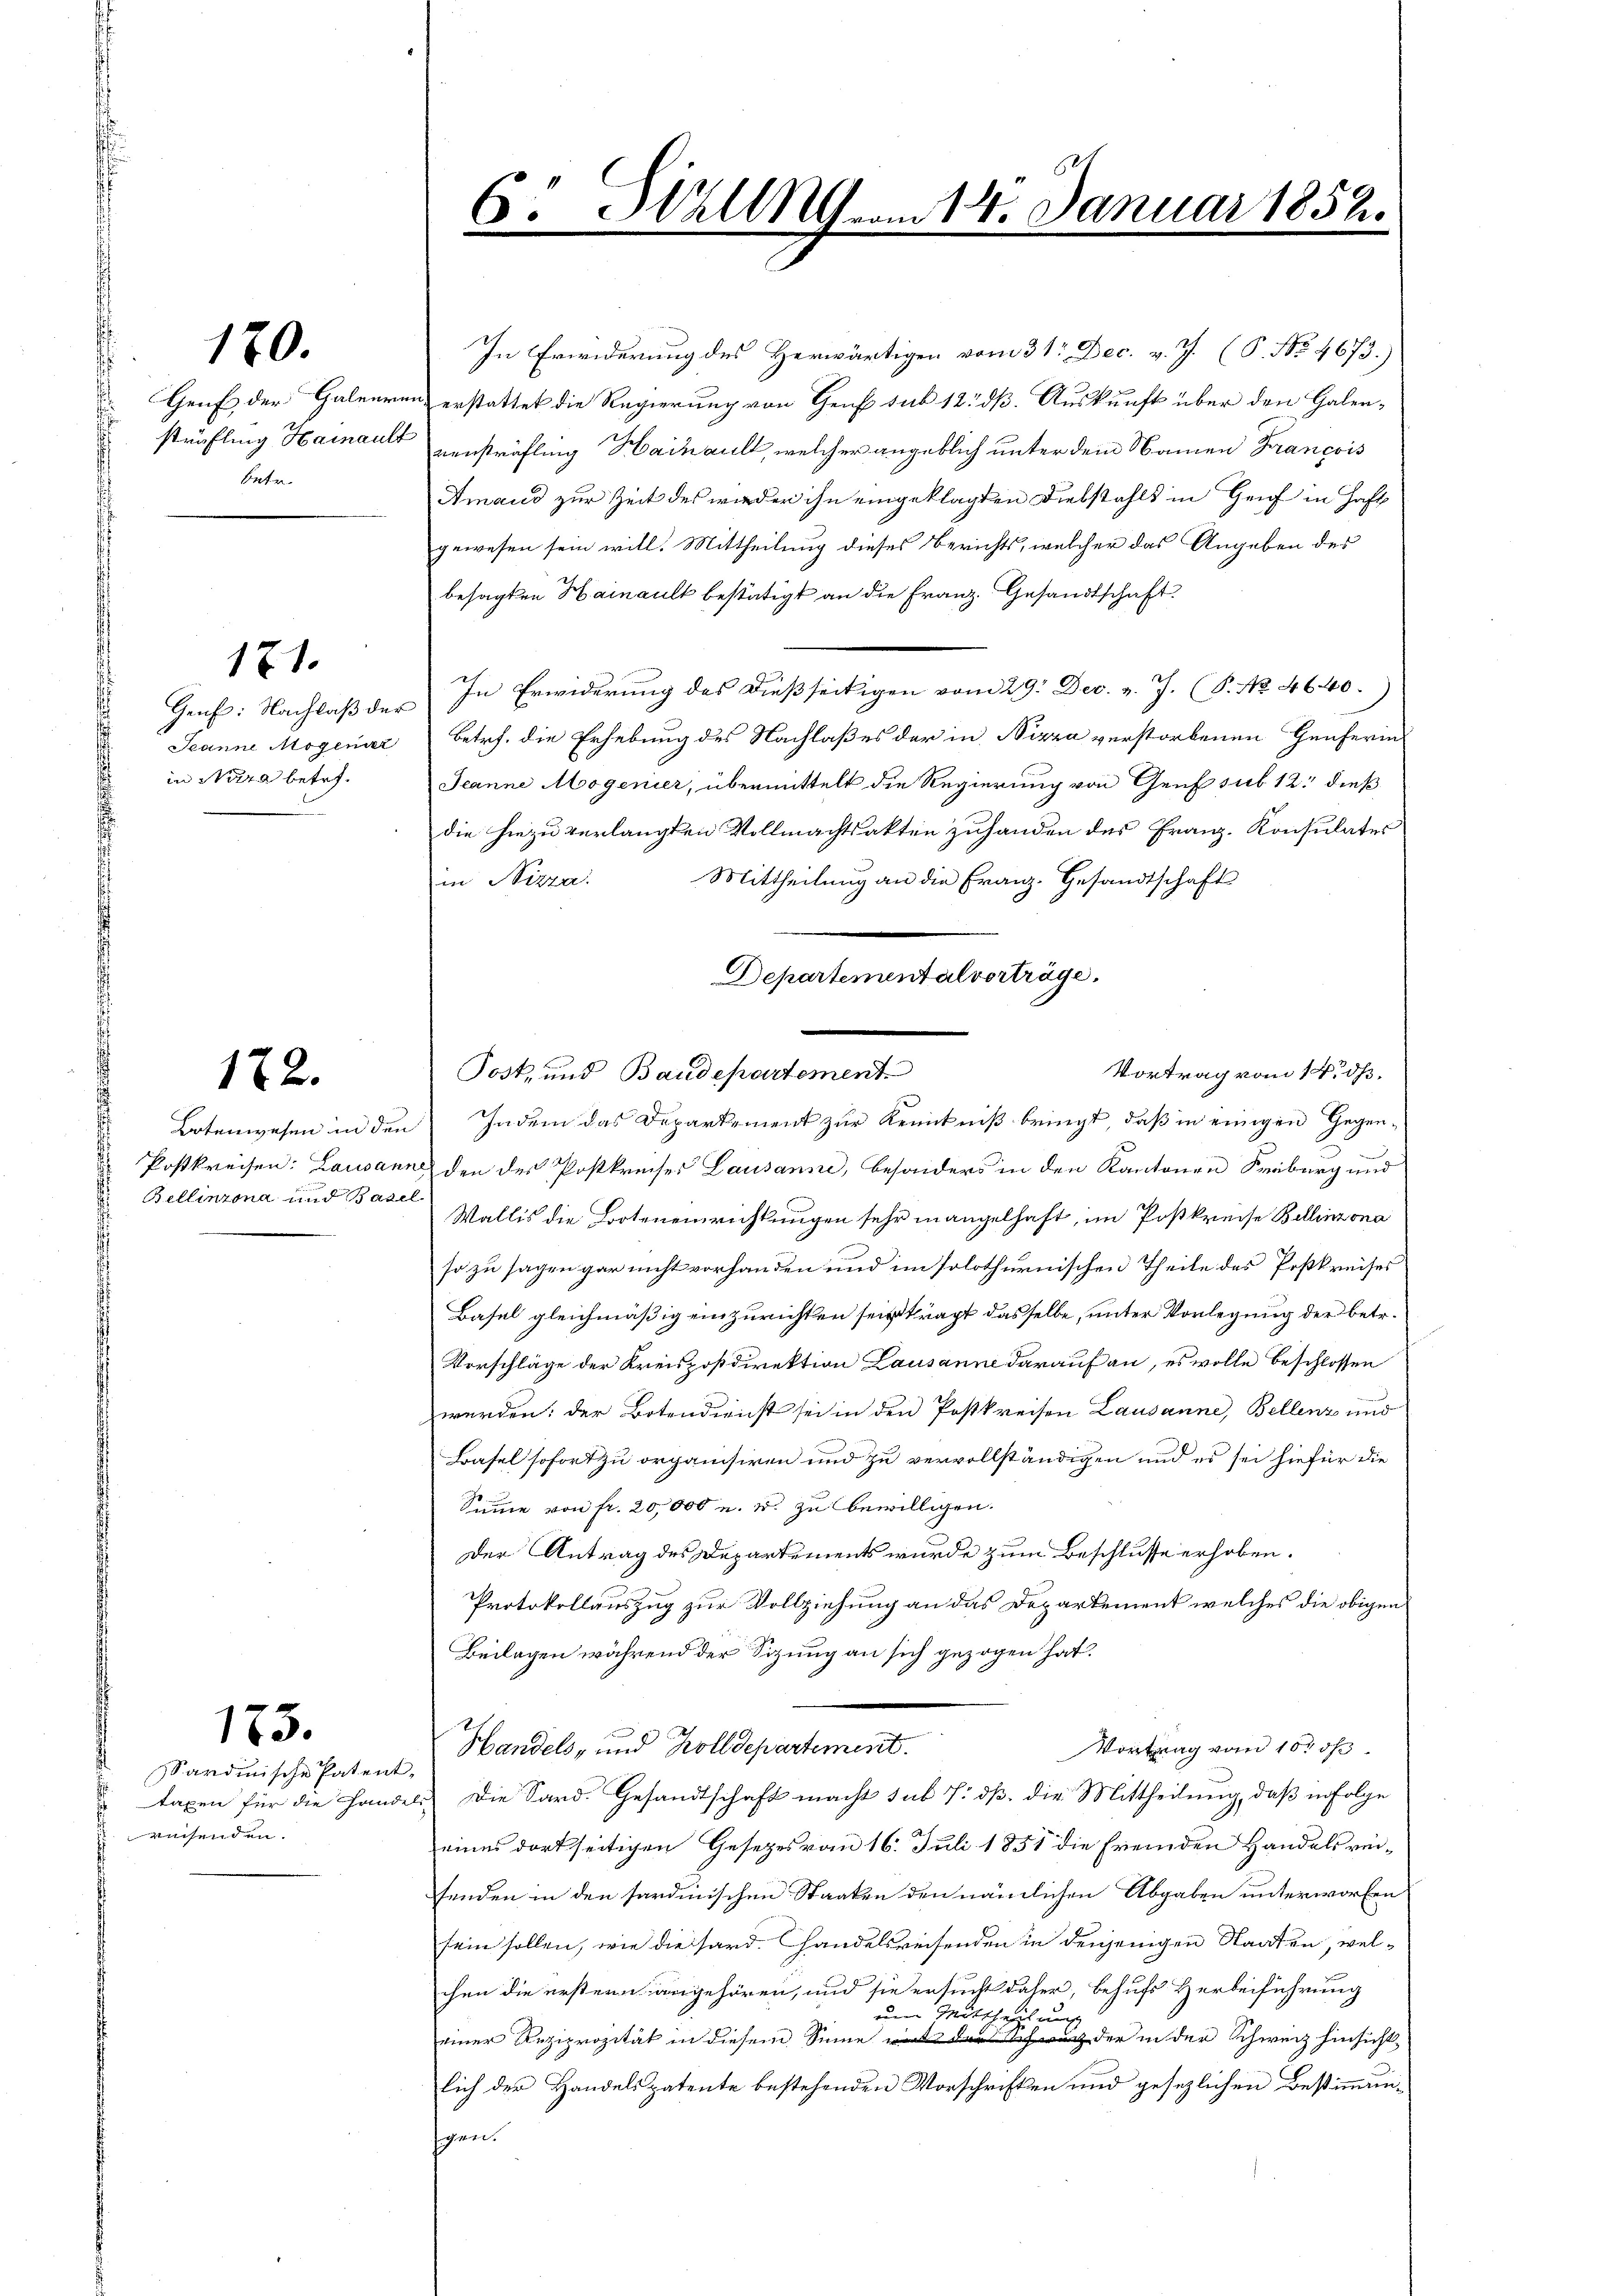
¬
betr.

170.

in Nizza betr.

171.

172.

Bellinzona und Basel

Sardinische Patent-
 reisenden.

173.

In Erwiderung des Herwärtigen vom 31. Dec. v. J. (S. No 4673.)
Genf der Galeeren erstattet die Regierung von Genf sub 12. dß. Auskunft über den Galersträfling Hainaus Bonsträfling Hainaull, welcher angeblich unter dem Namen Francois
Amand zur Zeit des wieder ihn eingeklagten Diebstahls in Genf in Haft
gewesen sein will. Mittheilung dieses Berichts, welcher das Angeben des
besagten Hainault bestätigt an die Franz. Gesandtschaft.
Gent: Nachlaß der In Erwiderung des dießseitigen vom 29. Dec. v. J. (S. Nr. 4640.)
Jeanne Mogenar betr. die Erhebung des Nachlaßes der in Nizza verstorbenen Genferin
Jeanne Mogenier, übermittelt die Regierung von Genf sub 12 dieß
die hiezu verlangten Vollmachtsakten zuhanden des Franz-Konsulates
Mittheilung an die Franz. Gesandtschaft
in Nizza
Departementalverträge.
Post- und Baudepartement
Botenwesen in den Indem das Departement zur Kenntniß bringt, daß in einigen Gegen-
Postkreisen: Lausanne den des Postkreises Lausanne, besonders in den Kantonen Freiburg und
Wallis die Boteneinrichtungen sehr mangelhaft, im Postkreise Bellinzona
so zu sagen gar nicht vorhanden und im solothurnischen Theile des Poßkreises
Basel gleichmäßig einzurichten sei tract dasselbe, unter Vorlegung der betr.
Vorschläge der Kreispostdirektion Lausanne darauf an, es wolle beschlossen
werden; der Botendienst sei in den Postkreisen Lausanne, Bellenz und
Basel sofort zu organisiren und zu vervollständigen und es sei hiefür die
Summe von fr. 20,000 u. s. zu bewilligen.
Der Antrag des Departements wurde zum Beschlusse erhoben.
Protokollauszug zur Vollziehung an das Departement welches die obigen
Beilagen während der Sitzung an sich gezogen hat.
Handels, und Zolldepartement.
Vortrag vom 10t ös
taxen für die Handels Die Sard. Gesandtschaft macht sub 7. dß. die Mittheilung, daß infolge
eines dortseitigen Gesetzes vom 16. Juli 1851 die fremden Handelsver-
fenden in den sardinischen Staaten den nämlichen Abgaben unterworfen
sein sollen, wie die hard. Handelsreisenden in denjenigen Staaten, welchen die erstern angehören, und sie ersucht daher, behufs Herbeiführung
einer Mittheilung
einer Reziprozität in diesem Sinne der in der Schweiz hinsicht
lich der Handelspatente bestehenden Vorschriften und gesezlichen Bestimmungen.

6. Sitzung 14. Januar 1852.

Vortrag vom 14. dß.